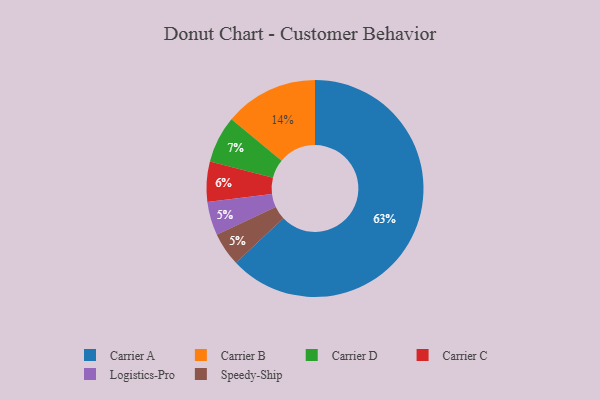
{"axis": {"x": "Category", "y": "Percentage"}, "legend": ["Carrier A", "Carrier B", "Carrier C", "Carrier D", "Logistics-Pro", "Speedy-Ship"], "data": [{"x": "Logistics-Pro", "y": 5, "type": "Logistics-Pro"}, {"x": "Carrier C", "y": 6, "type": "Carrier C"}, {"x": "Carrier B", "y": 14, "type": "Carrier B"}, {"x": "Carrier A", "y": 63, "type": "Carrier A"}, {"x": "Speedy-Ship", "y": 5, "type": "Speedy-Ship"}, {"x": "Carrier D", "y": 7, "type": "Carrier D"}]}